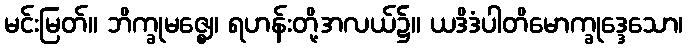
မင်းမြတ်။ ဘိက္ခုမဇ္ဈေ၊ ရဟန်းတို့အလယ်၌။ ယဒိဒံပါတိမောက္ခုဒ္ဒေသော၊